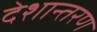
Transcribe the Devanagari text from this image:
देशान्तरण